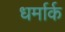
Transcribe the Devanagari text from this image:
धर्मार्क